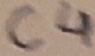
Text: C4